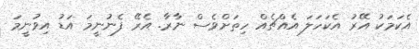
އެކަމަކު އޭރު އެކަހަލަ އެއްޗެއް ހިތަށްވެސް ނާރާ. އެރޭ ފެނުނީމަ އަޑު އިވުނީމަ